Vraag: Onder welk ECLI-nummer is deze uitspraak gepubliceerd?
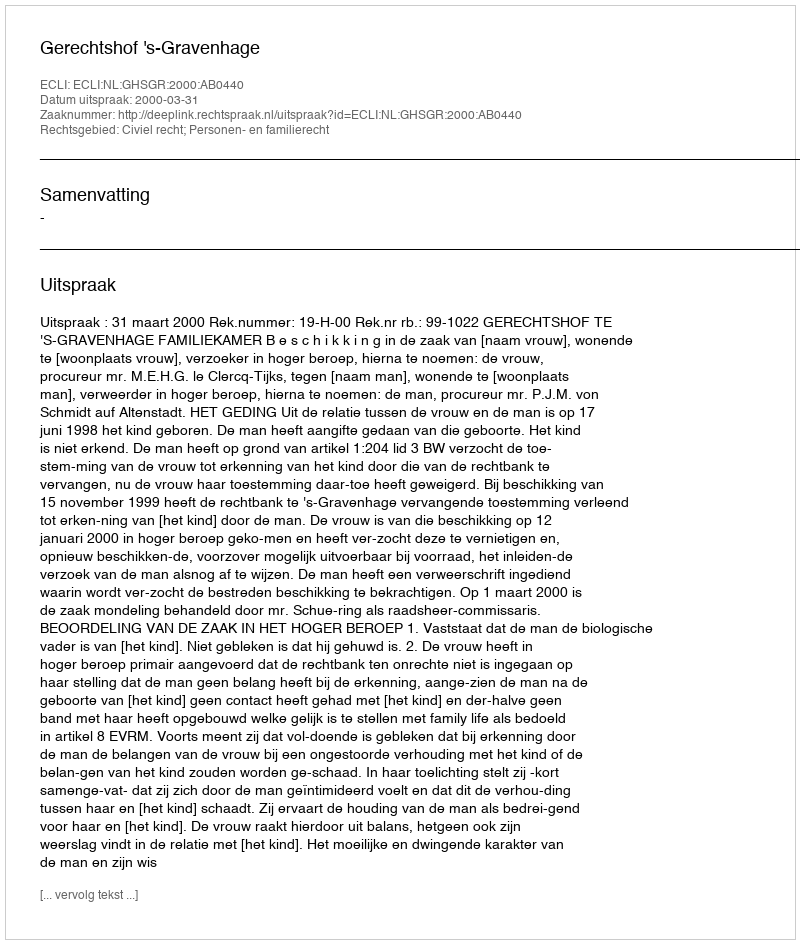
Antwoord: ECLI:NL:GHSGR:2000:AB0440